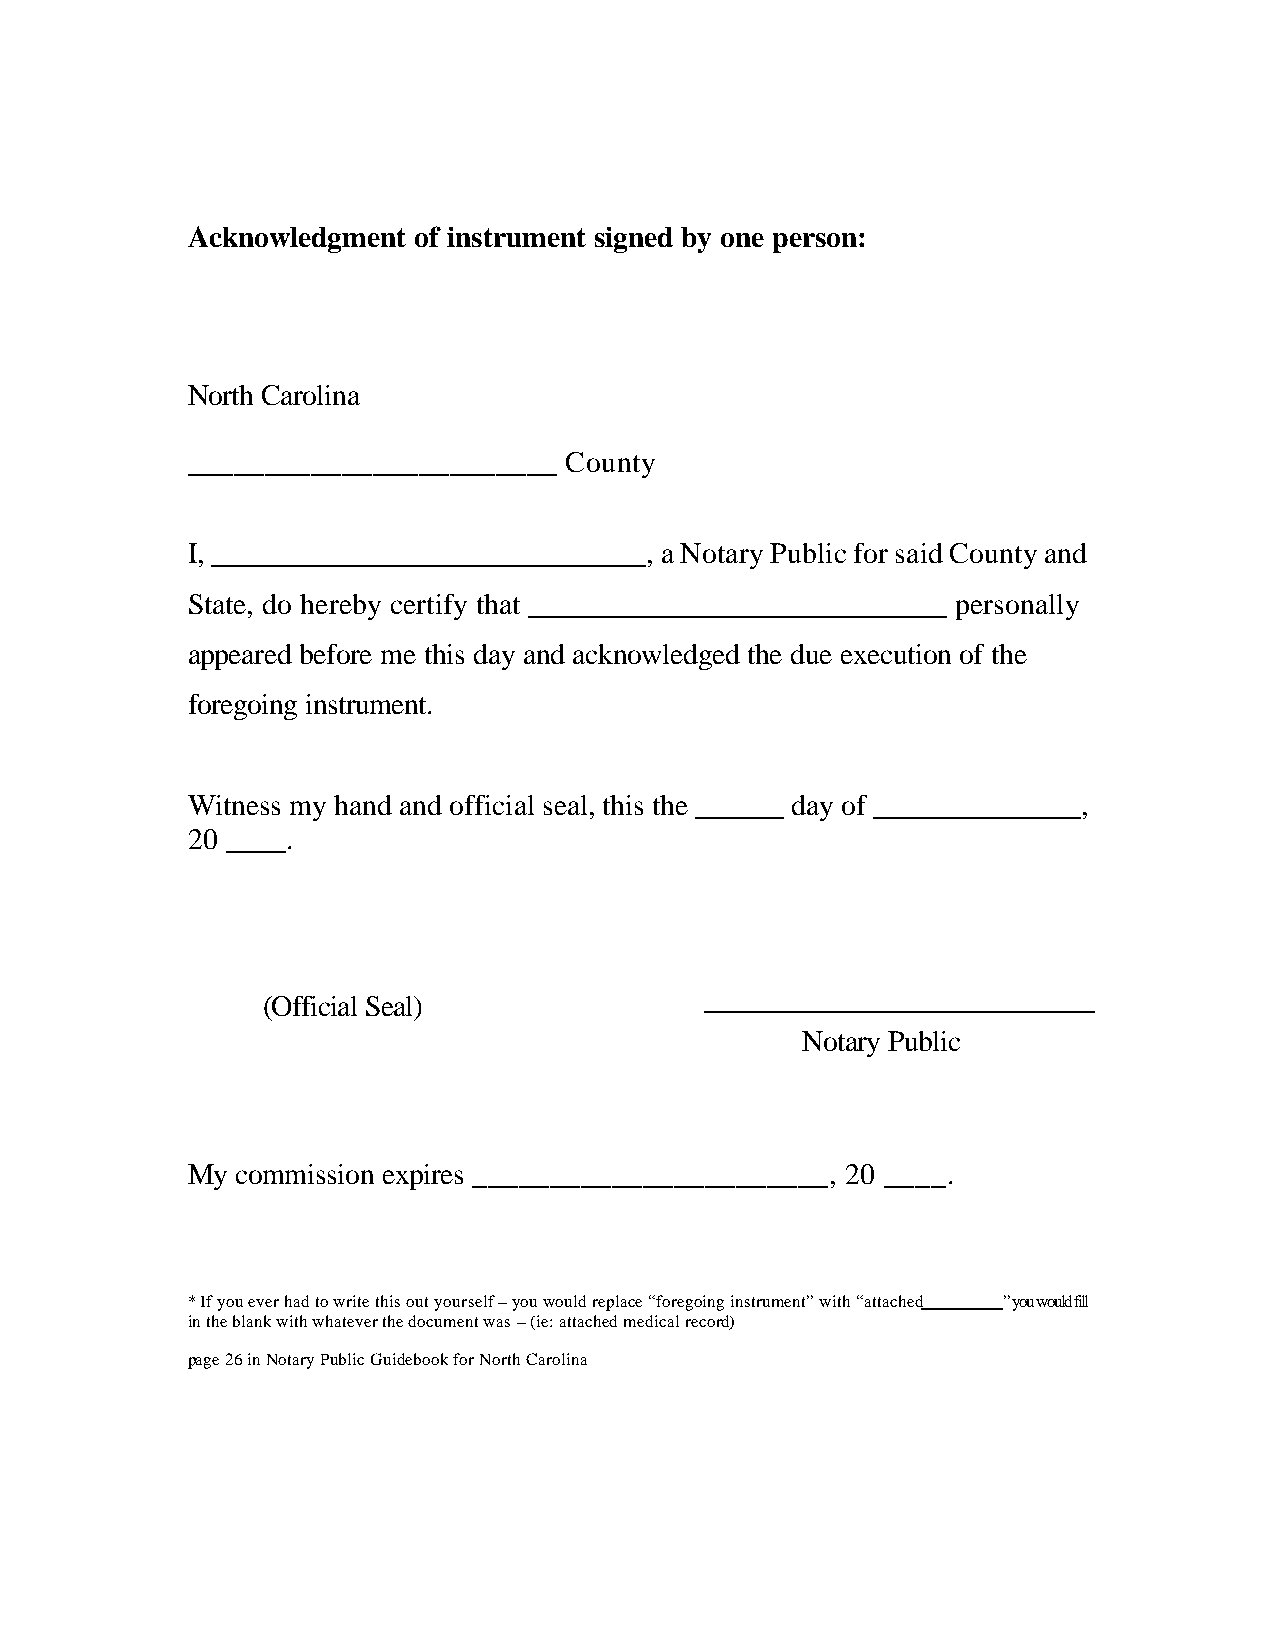
Acknowledgment of instrument signed by one person:
 North Carolina
 ________________________ County
 I, _____________________________, a Notary Public for said County and
 State, do hereby certify that ____________________________ personally
 appeared before me this day and acknowledged the due execution of the
 foregoing instrument.
 Witness my hand and official seal, this the ______ day of ______________,
 20 ____.
 (Official Seal)
 Notary Public
 My  commission expires _______________________, 20 ____.
 * If you ever had to write this out yourself – you would replace “foregoing instrument” with “attached ” you would fill
 in the blank with whatever the document was – (ie: attached medical record)
 page 26 in Notary Public Guidebook for North Carolina